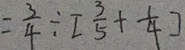
= \frac { 3 } { 4 } \div [ \frac { 3 } { 5 } + \frac { 1 } { 4 } ]